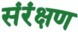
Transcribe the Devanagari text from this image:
संरंक्षण